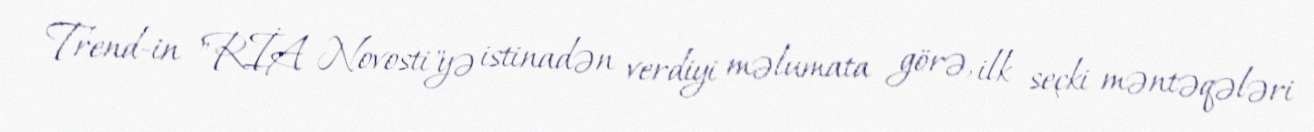
Trend-in "RİA Novosti"yə istinadən verdiyi məlumata görə, ilk seçki məntəqələri